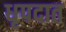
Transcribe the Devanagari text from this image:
धृपदात